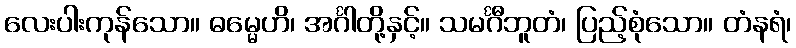
လေးပါးကုန်သော။ ဓမ္မေဟိ၊ အင်္ဂါတို့နှင့်။ သမင်္ဂီဘူတံ၊ ပြည့်စုံသော။ တံနရံ၊